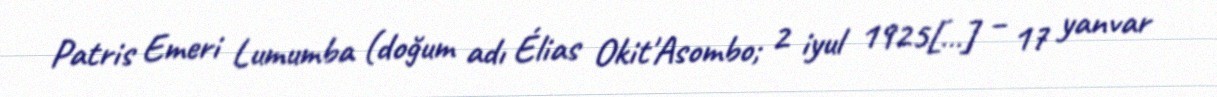
Patris Emeri Lumumba (doğum adı Élias Okit'Asombo; 2 iyul 1925[…] – 17 yanvar